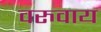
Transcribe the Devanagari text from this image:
वरुवाय